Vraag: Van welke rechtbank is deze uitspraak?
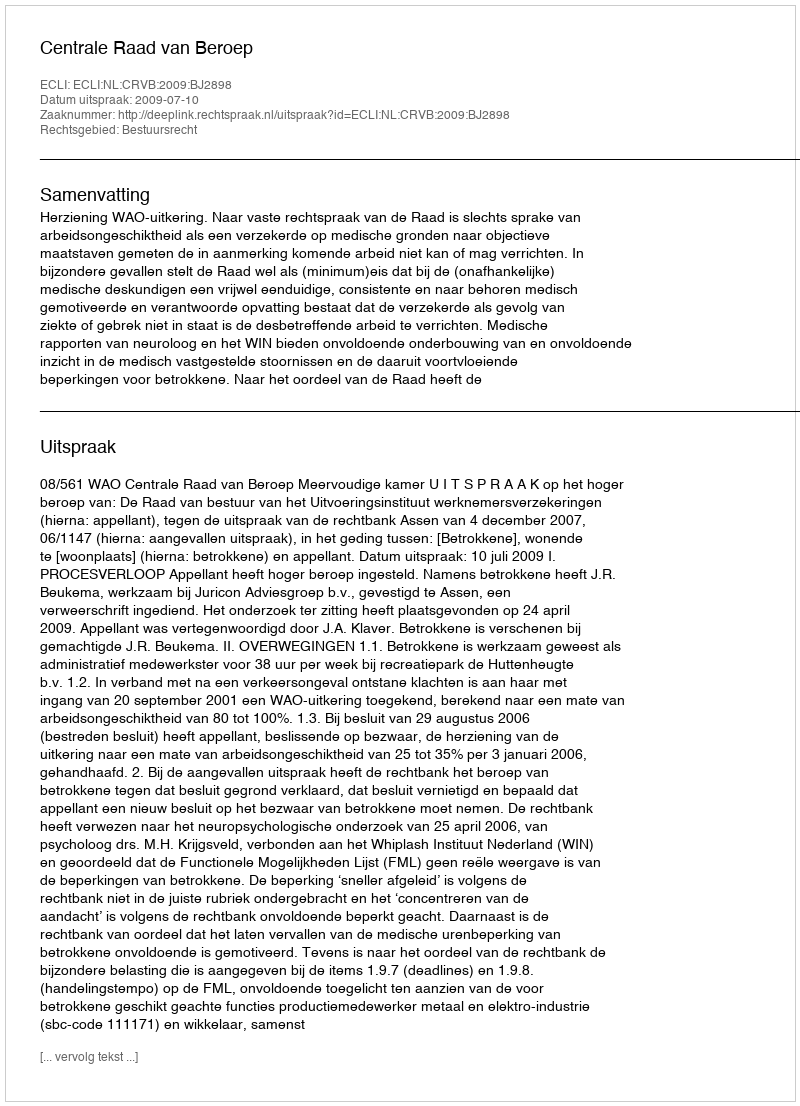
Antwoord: Centrale Raad van Beroep